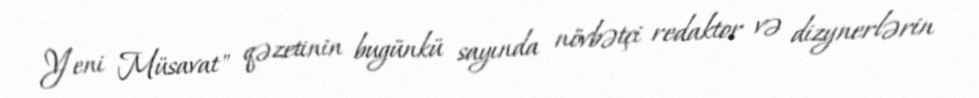
Yeni Müsavat" qəzetinin bugünkü sayında növbətçi redaktor və dizynerlərin